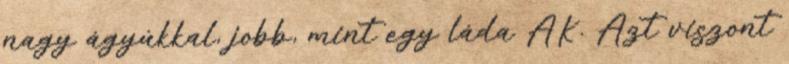
nagy ágyúkkal, jobb, mint egy láda AK. Azt viszont